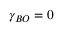
\gamma _ { B O } = 0